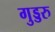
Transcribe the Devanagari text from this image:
गुड्डरु